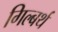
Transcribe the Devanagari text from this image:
गिल्बर्थ